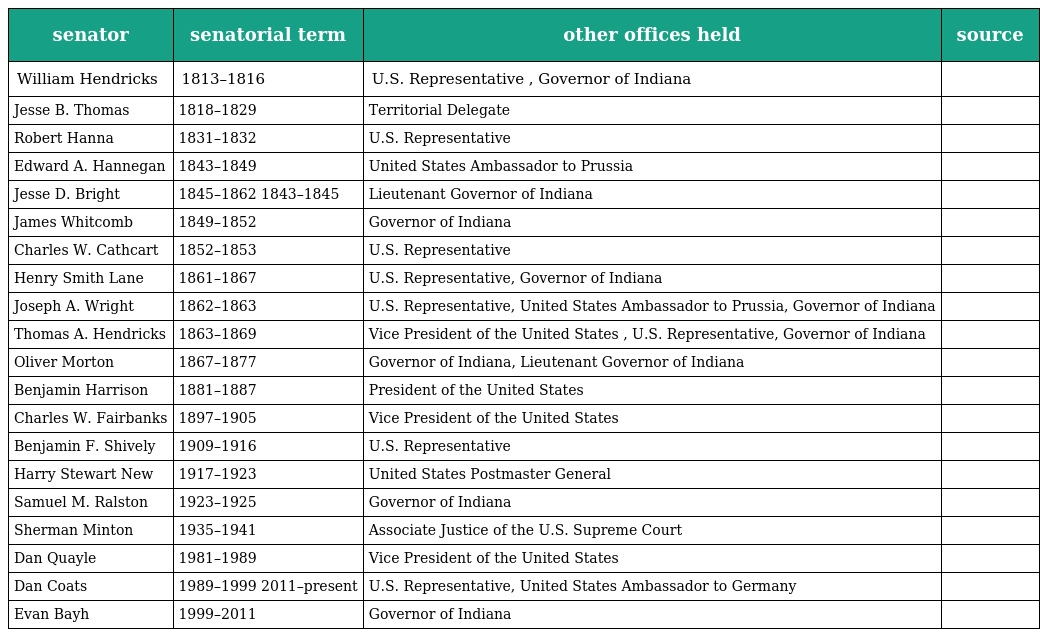
| senator | senatorial term | other offices held | source |
 | --- | --- | --- | --- |
 | William Hendricks | 1813–1816 | U.S. Representative , Governor of Indiana |  |
 | Jesse B. Thomas | 1818–1829 | Territorial Delegate |  |
 | Robert Hanna | 1831–1832 | U.S. Representative |  |
 | Edward A. Hannegan | 1843–1849 | United States Ambassador to Prussia |  |
 | Jesse D. Bright | 1845–1862 1843–1845 | Lieutenant Governor of Indiana |  |
 | James Whitcomb | 1849–1852 | Governor of Indiana |  |
 | Charles W. Cathcart | 1852–1853 | U.S. Representative |  |
 | Henry Smith Lane | 1861–1867 | U.S. Representative, Governor of Indiana |  |
 | Joseph A. Wright | 1862–1863 | U.S. Representative, United States Ambassador to Prussia, Governor of Indiana |  |
 | Thomas A. Hendricks | 1863–1869 | Vice President of the United States , U.S. Representative, Governor of Indiana |  |
 | Oliver Morton | 1867–1877 | Governor of Indiana, Lieutenant Governor of Indiana |  |
 | Benjamin Harrison | 1881–1887 | President of the United States |  |
 | Charles W. Fairbanks | 1897–1905 | Vice President of the United States |  |
 | Benjamin F. Shively | 1909–1916 | U.S. Representative |  |
 | Harry Stewart New | 1917–1923 | United States Postmaster General |  |
 | Samuel M. Ralston | 1923–1925 | Governor of Indiana |  |
 | Sherman Minton | 1935–1941 | Associate Justice of the U.S. Supreme Court |  |
 | Dan Quayle | 1981–1989 | Vice President of the United States |  |
 | Dan Coats | 1989–1999 2011–present | U.S. Representative, United States Ambassador to Germany |  |
 | Evan Bayh | 1999–2011 | Governor of Indiana |  |